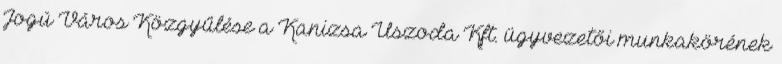
Jogú Város Közgyűlése a Kanizsa Uszoda Kft. ügyvezetői munkakörének